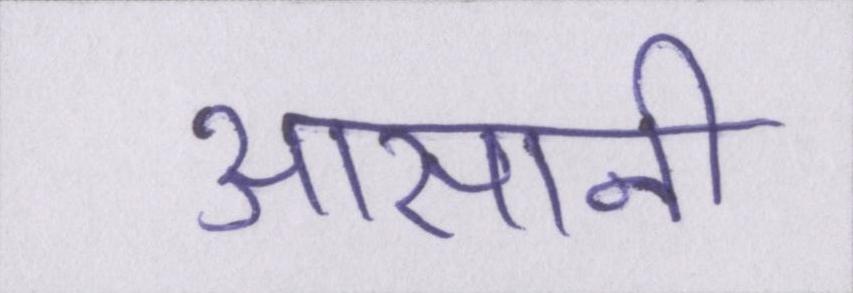
आसानी